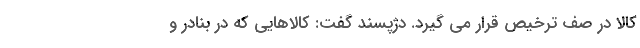
کالا در صف ترخیص قرار می گیرد. دژپسند گفت: کالاهایی که در بنادر و